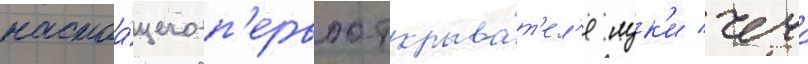
настоа́щего п'ервооткрыва́т'ел'я лук'и чеча